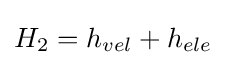
H_{2}=h_{vel}+h_{ele}